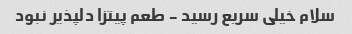
سلام خیلی سریع رسید - طعم پیتزا دلپذیر نبود